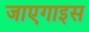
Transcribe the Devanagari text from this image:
जाएगाइस